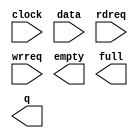
module altbramfifo_w125_d16 (
	clock,
	data,
	rdreq,
	wrreq,
	empty,
	full,
	q);

	input	  clock;
	input	[124:0]  data;
	input	  rdreq;
	input	  wrreq;
	output	  empty;
	output	  full;
	output	[124:0]  q;

endmodule